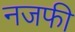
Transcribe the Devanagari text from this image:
नजफी